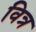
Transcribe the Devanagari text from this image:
वित्र